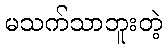
မသက်သာဘူးတဲ့